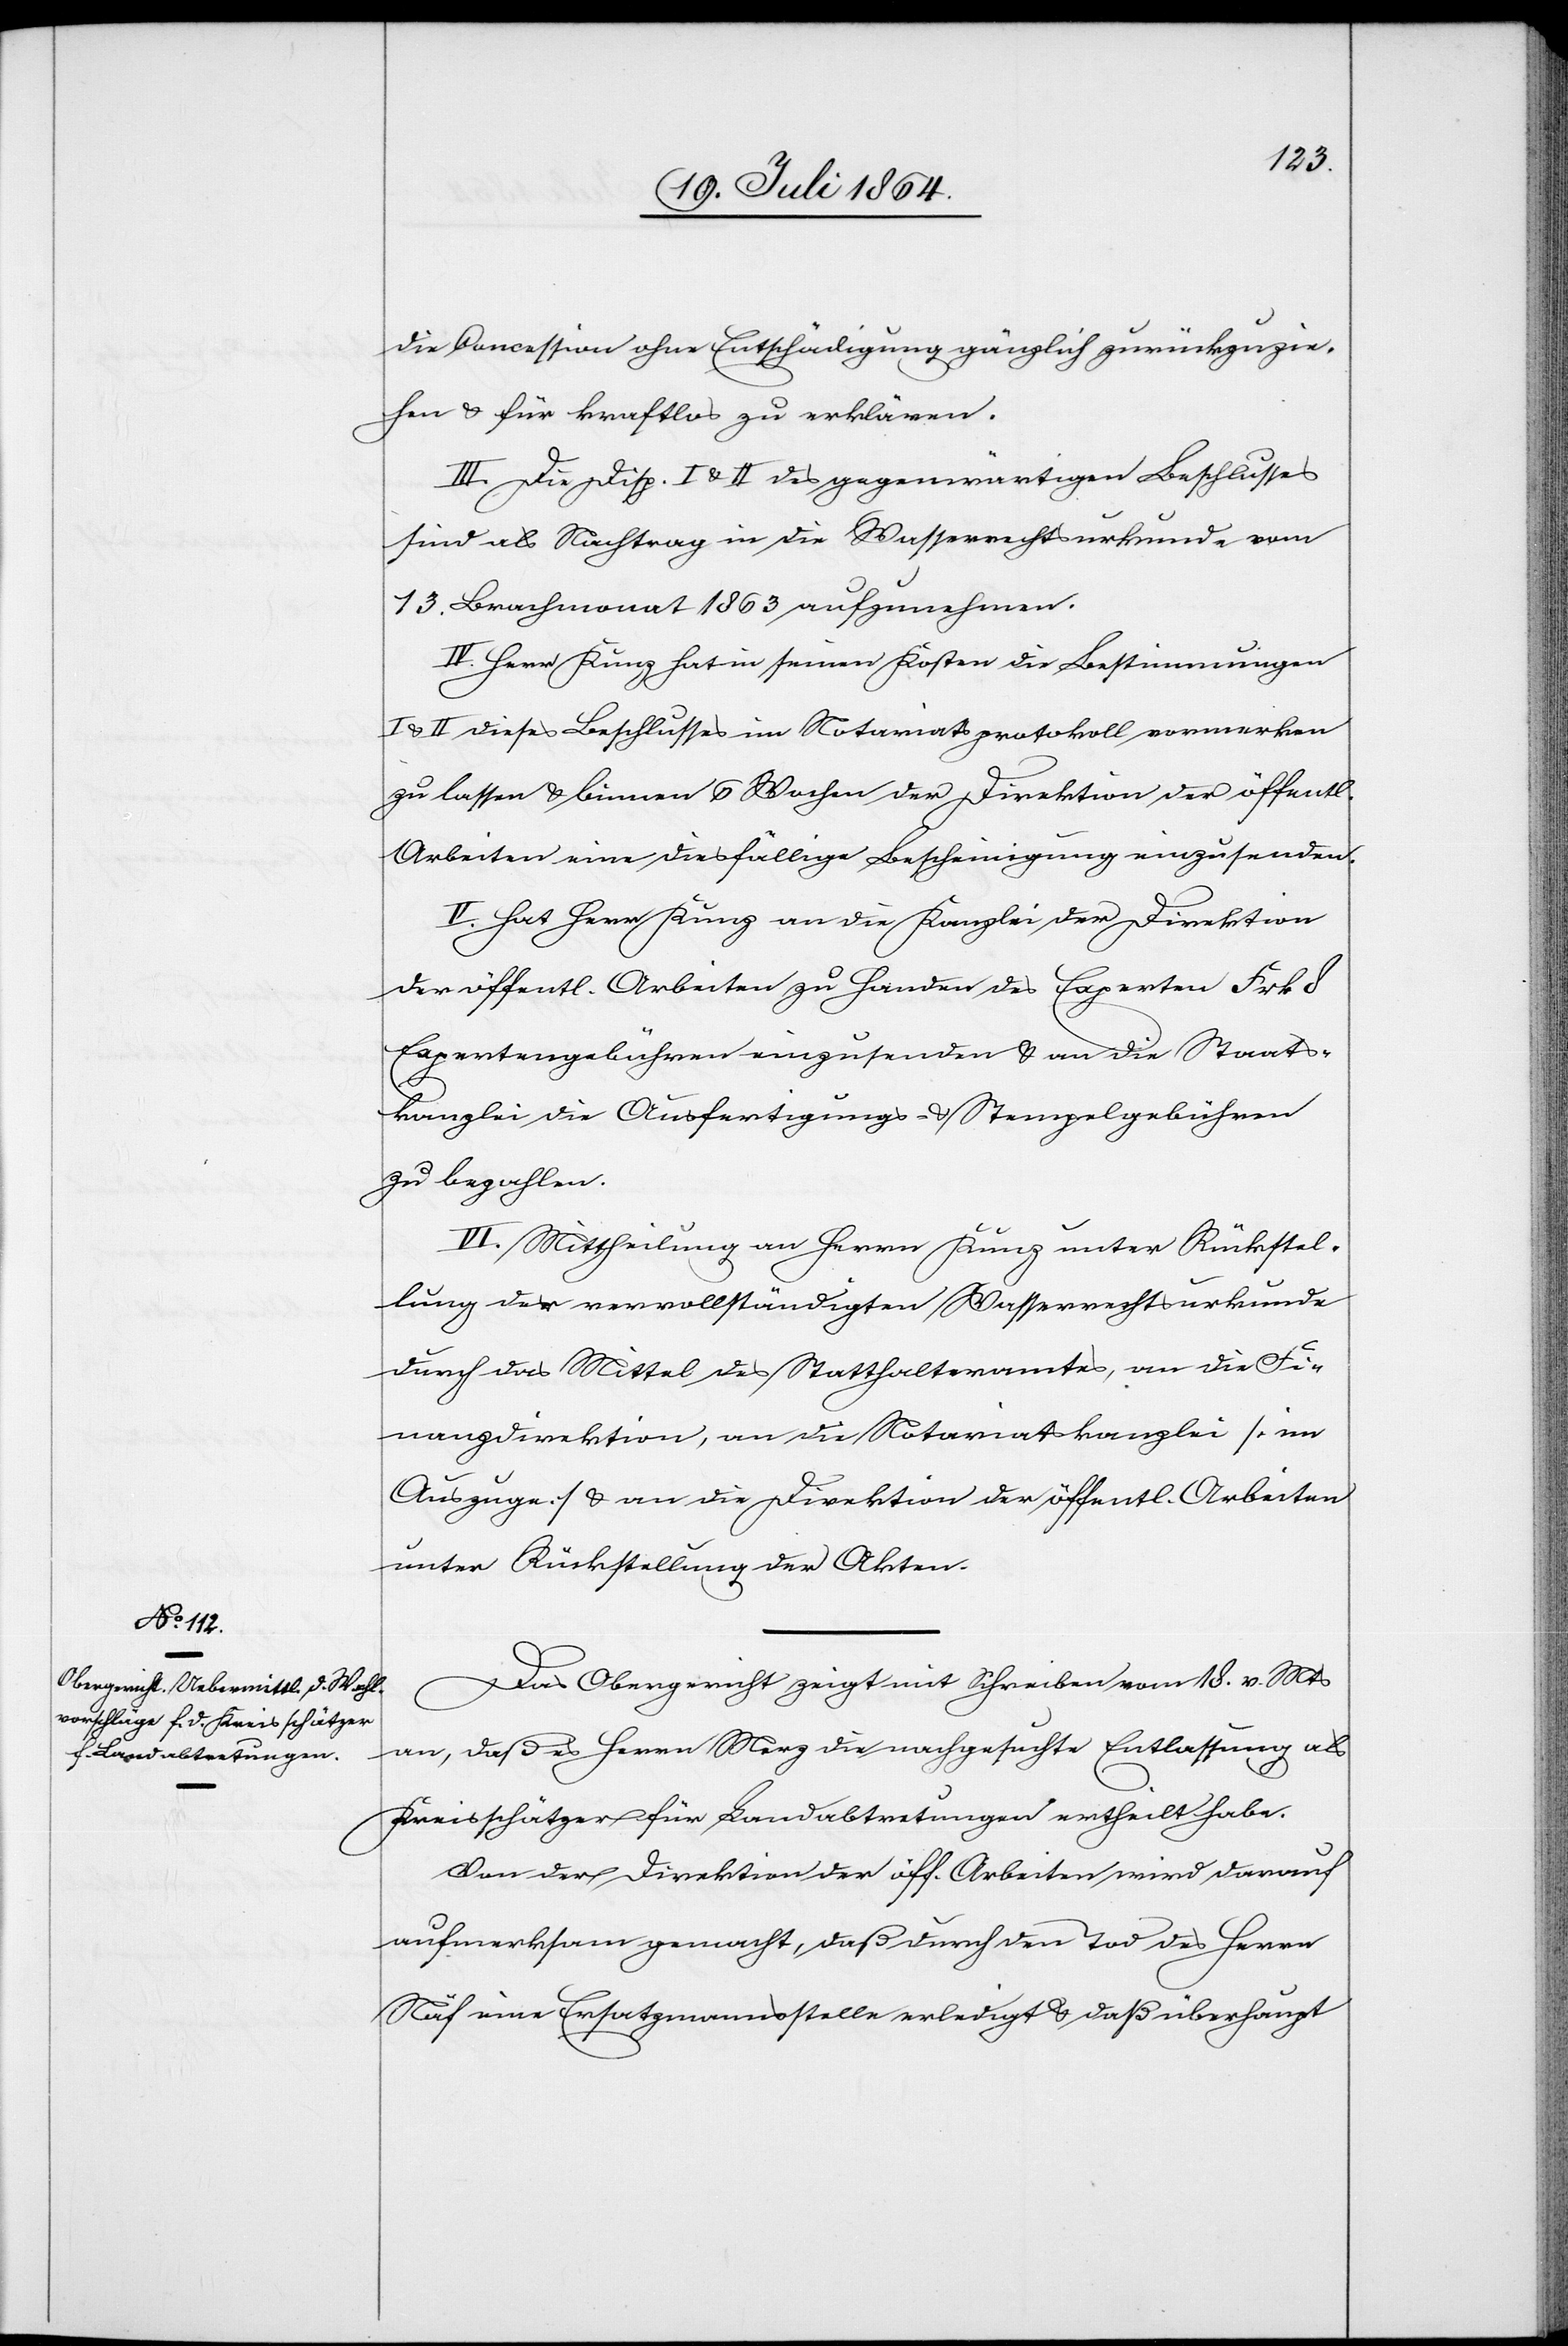
die Concession ohne Entschädigung gänzlich zurückzuzie¬
hen u. für kraftlos zu erklären.
III. Die Disp. I u. II des gegenwärtigen Beschlusses
sind als Nachtrag in die Wasserrechtsurkunde vom
13. Brachmonat 1863 aufzunehmen.
IV. Herr Kunz hat in seinen Kosten die Bestimmungen
u. II dieses Beschlusses im Notariatsprotokoll vormerken
zu lassen u. binnen 6 Wochen der Direktion der öffentl.
Arbeiten eine diesfällige Bescheinigung einzusenden.
V. Hat Herr Kunz an die Kanzlei der Direktion
der öffentl. Arbeiten zu Handen des Experten Frk 8
Expertengebühren einzusenden u. an die Staats¬
kanzlei die Ausfertigungs- u. Stempelgebühren
zu bezahlen.
VI. Mittheilung an Herrn Kunz unter Rückstel¬
lung der vervollständigten Wasserrechtsurkunde
durch das Mittel des Statthalteramtes, an die Fi¬
nanzdirektion, an die Notariatskanzlei [im
Auszuge] u. an die Direktion der öffentl. Arbeiten
unter Rückstellung der Akten.
Das Obergericht zeigt mit Schreiben vom 18. v. Mts.
an, daß es Herrn Merz die nachgesuchte Entlassung als
Kreisschätzer für Landabtretungen ertheilt habe.
Von der Direktion der öff. Arbeiten wird darauf
aufmerksam gemacht, daß durch den Tod des Herrn
Näf eine Ersatzmannsstelle erledigt u. daß überhaupt